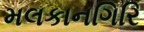
મલકાનગિરિ